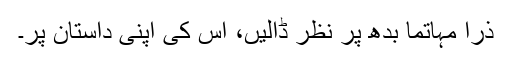
ذرا مہاتما بدھ پر نظر ڈالیں، اس کی اپنی داستان پر۔